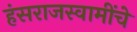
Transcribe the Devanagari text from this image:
हंसराजस्वामींचे